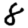
Digit: 8